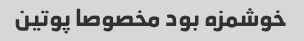
خوشمزه بود مخصوصا پوتین